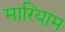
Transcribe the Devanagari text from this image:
मारियाम